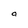
Character: 4